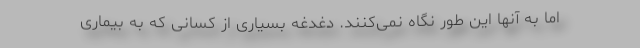
اما به آنها این طور نگاه نمی‌کنند. دغدغه بسیاری از کسانی که به بیماری